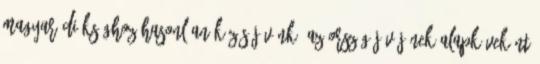
magyar diáksághoz hasonlóan közös jövőnk, az ország jövőjének alapköveként